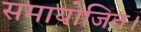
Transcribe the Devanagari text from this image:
समायोजित।